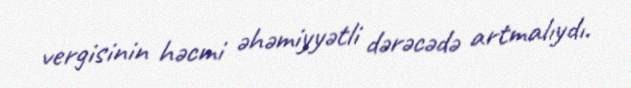
vergisinin həcmi əhəmiyyətli dərəcədə artmalıydı.